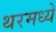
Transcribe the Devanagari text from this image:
थरमध्ये